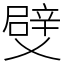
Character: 䢃